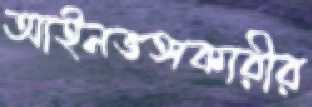
আইনভঙ্গকারীর